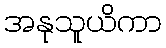
အနုသူယိကာ